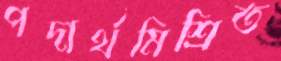
পদার্থমিশ্রিত